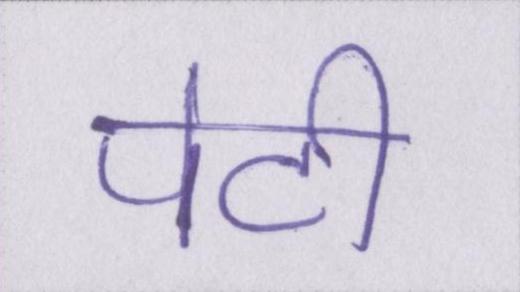
पेटी